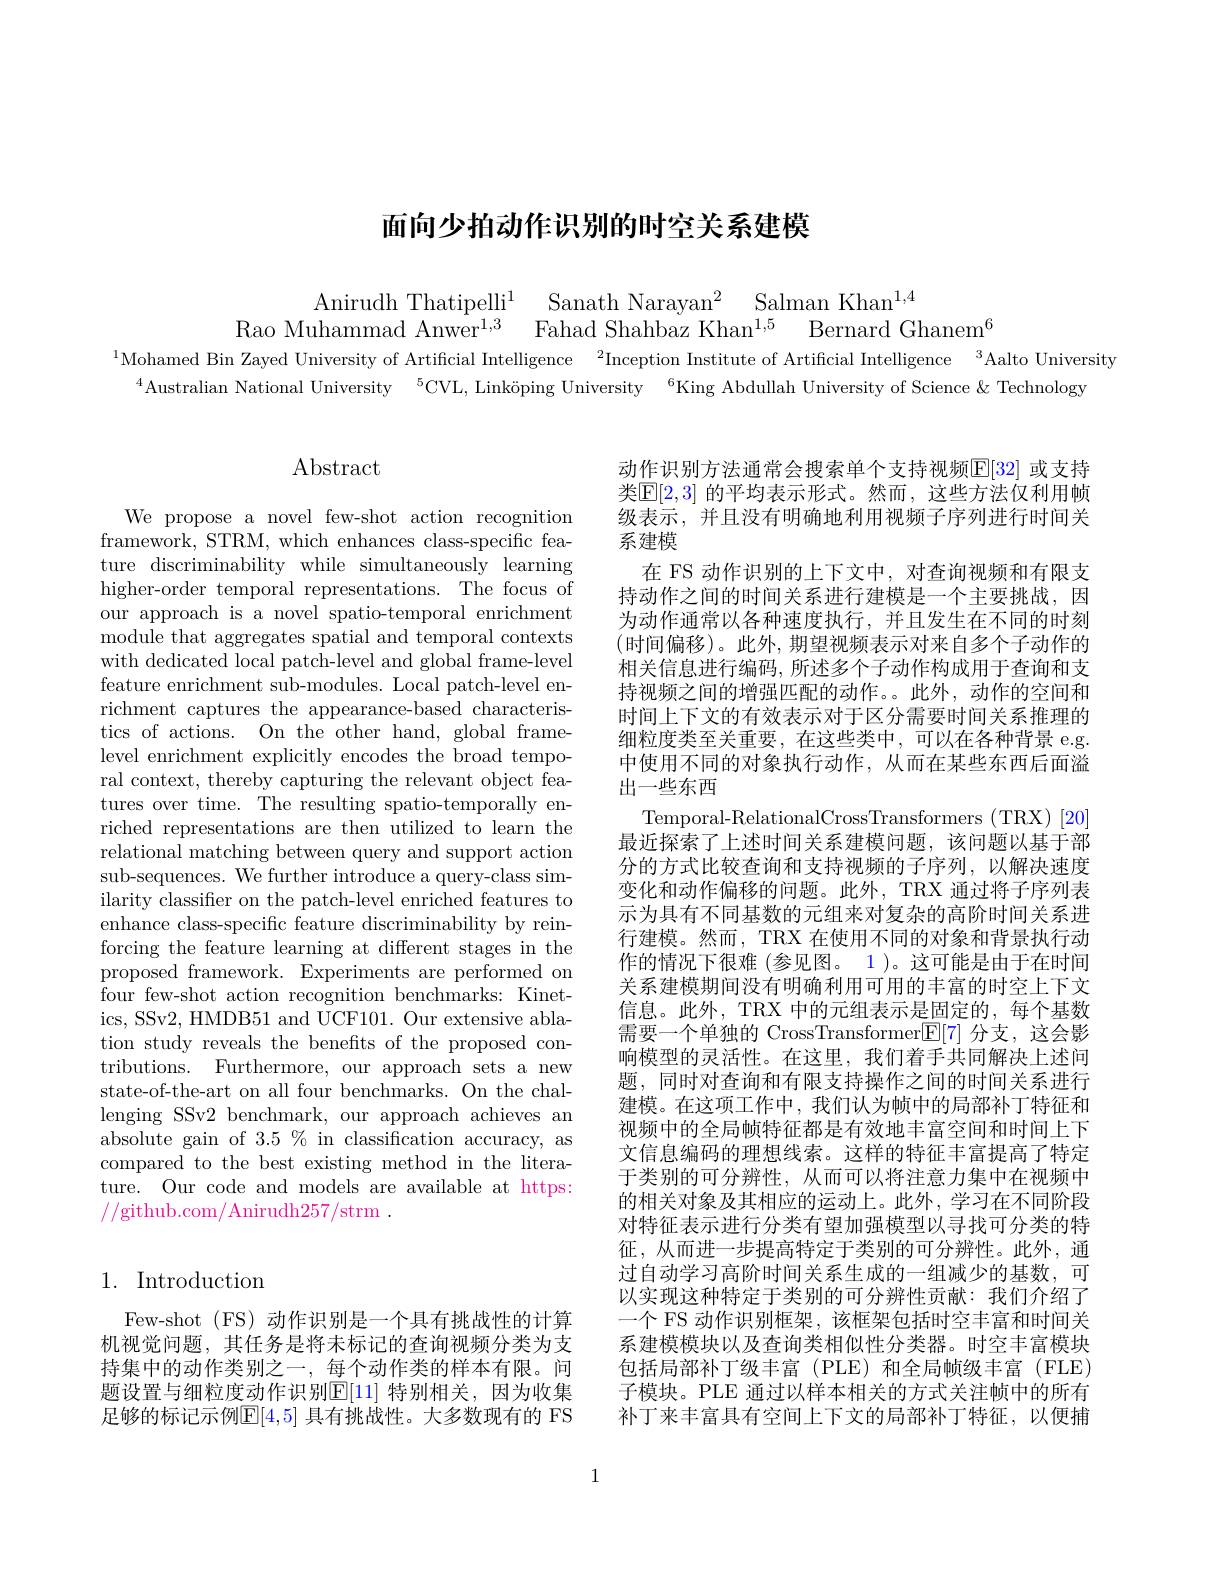
# 面向少拍动作识别的时空关系建模

Anirudh Thatipelli$^1$ Sanath Narayan$^2$ Salman Khan$^1,4$
Rao Muhammad Anwer$^1, 3$ Fahad Shahbaz Khan$^{1, 5}$ Bernard Ghanem$^6$

$^{1}$Mohamed Bin Zayed University of Artificial Intelligence $^2$Inception Institute of Artificial Intelligence$^3$Aalto University
$^{4}$Australian National University$\:^5\text{CVL, Link\" {o}pingUniversity}\:^{6}$King Abdullah University of Science& Technology

## $\operatorname{Abstract}$

We propose a novel few-shot action recognition framework, STRM, which enhances class-specific feature discriminability while simultaneously learning higher-order temporal representations. The focus of our approach is a novel spatio-temporal enrichment module that aggregates spatial and temporal contexts with dedicated local patch-level and global frame-level feature enrichment sub-modules. Local patch-level enrichment captures the appearance-based characteristics of actions. On the other hand, global framelevel enrichment explicitly encodes the broad temporal context, thereby capturing the relevant object features over time. The resulting spatio-temporally enriched representations are then utilized to learn the relational matching between query and support action sub-sequences. We further introduce a query-class similarity classifier on the patch-level enriched features to enhance class-specific feature discriminability by reinforcing the feature learning at different stages in the proposed framework. Experiments are performed on four few-shot action recognition benchmarks: Kinetics, SSv2, HMDB51 and UCF101. Our extensive ablation study reveals the benefits of the proposed contributions. Furthermore, our approach sets a new state-of-the-art on all four benchmarks. On the challenging SSv2 benchmark, our approach achieves an absolute gain of $3.5\%$ in classification accuracy, as compared to the best existing method in the literature. Our code and models are available at https: //github.com/Anirudh257/strm .

动作识别方法通常会搜索单个支持视频$\mathbb{E}[32]$ 或支持类$\mathbb{E}[2,3]$ 的平均表示形式。然而，这些方法仅利用帧级表示，并且没有明确地利用视频子序列进行时间关系建模
在 FS 动作识别的上下文中，对查询视频和有限支持动作之间的时间关系进行建模是一个主要挑战，因为动作通常以各种速度执行，并且发生在不同的时刻(时间偏移)。此外，期望视频表示对来自多个子动作的相关信息进行编码，所述多个子动作构成用于查询和支持视频之间的增强匹配的动作。。此外，动作的空间和时间上下文的有效表示对于区分需要时间关系推理的细粒度类至关重要，在这些类中，可以在各种背景 e.g. 中使用不同的对象执行动作，从而在某些东西后面溢出一些东西
Temporal-RelationalCrossTransformers (TRX)[20] 最近探索了上述时间关系建模问题，该问题以基于部分的方式比较查询和支持视频的子序列，以解决速度变化和动作偏移的问题。此外，TRX 通过将子序列表示为具有不同基数的元组来对复杂的高阶时间关系进行建模。然而，TRX 在使用不同的对象和背景执行动作的情况下很难 (参见图。1)。这可能是由于在时间关系建模期间没有明确利用可用的丰富的时空上下文信息。此外，TRX 中的元组表示是固定的，每个基数需要一个单独的 CrossTransformer$\boxed{\mathbb{E}}[7]$分支，这会影响模型的灵活性。在这里，我们着手共同解决上述问题，同时对查询和有限支持操作之间的时间关系进行建模。在这项工作中，我们认为帧中的局部补丁特征和视频中的全局帧特征都是有效地丰富空间和时间上下文信息编码的理想线索。这样的特征丰富提高了特定于类别的可分辨性，从而可以将注意力集中在视频中的相关对象及其相应的运动上。此外，学习在不同阶段对特征表示进行分类有望加强模型以寻找可分类的特征，从而进一步提高特定于类别的可分辨性。此外，通过自动学习高阶时间关系生成的一组减少的基数，可以实现这种特定于类别的可分辨性贡献：我们介绍了一个 FS 动作识别框架，该框架包括时空丰富和时间关系建模模块以及查询类相似性分类器。时空丰富模块包括局部补丁级丰富(PLE)和全局帧级丰富(FLE) 子模块。PLE 通过以样本相关的方式关注帧中的所有补丁来丰富具有空间上下文的局部补丁特征，以便捕

## 1. Introduction

Few-shot (FS) 动作识别是一个具有挑战性的计算机视觉问题，其任务是将未标记的查询视频分类为支持集中的动作类别之一，每个动作类的样本有限。问题设置与细粒度动作识别$\mathbb{E}[11]$ 特别相关，因为收集足够的标记示例$\mathbb{E}[4,5]$ 具有挑战性。大多数现有的 FS

1